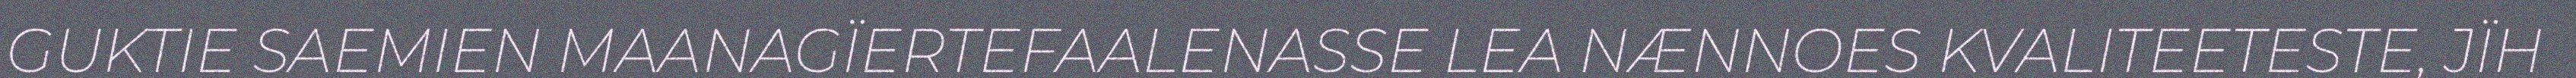
GUKTIE SAEMIEN MAANAGÏERTEFAALENASSE LEA NÆNNOES KVALITEETESTE, JÏH